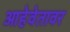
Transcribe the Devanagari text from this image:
आहेवेतावर